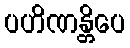
ပဟိဏန္တိပေ